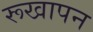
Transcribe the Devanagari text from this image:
रूखापन